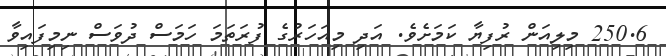
250.6 މިލިއަން ރުފިޔާ ކަމަށެވެ. އަދި މިއަހަރުގެ ފުރަތަމަ ހަމަސް ދުވަސް ނިމިފައިވާ